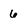
Character: 6